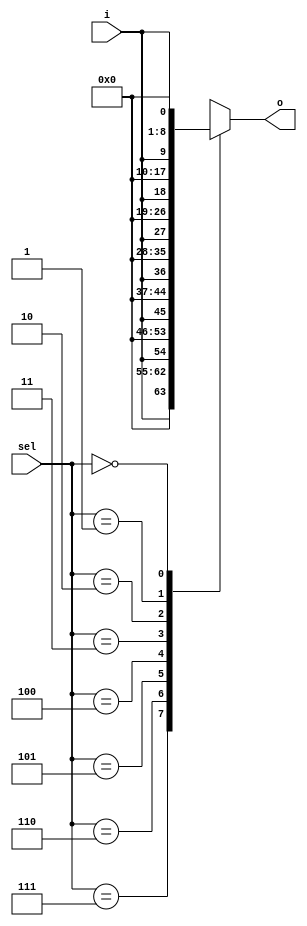
module demux1_8(
		output reg [7:0] o,
		input i,
		input [2:0] sel);
	always @ (i or sel)
//	begin
//		case(sel)
//			0: begin o0 <= 1; o1 <= 0; o2 <= 0; o3 <= 0; o4 <= 0; o5 <= 0; o6 <= 0; o7 <= 0; end
//			1: begin o0 = 0; o1 = 1; o2 = 0; o3 = 0; o4 = 0; o5 = 0; o6 = 0; o7 = 0; end
//			2: begin o0 = 0; o1 = 0; o2 = 1; o3 = 0; o4 = 0; o5 = 0; o6 = 0; o7 = 0; end
//			3: begin o0 = 0; o1 = 0; o2 = 0; o3 = 1; o4 = 0; o5 = 0; o6 = 0; o7 = 0; end
//			4: begin o0 = 0; o1 = 0; o2 = 0; o3 = 0; o4 = 1; o5 = 0; o6 = 0; o7 = 0; end
//			5: begin o0 = 0; o1 = 0; o2 = 0; o3 = 0; o4 = 0; o5 = 1; o6 = 0; o7 = 0; end
//			6: begin o0 = 0; o1 = 0; o2 = 0; o3 = 0; o4 = 0; o5 = 0; o6 = 1; o7 = 0; end
//			7: begin o0 = 0; o1 = 0; o2 = 0; o3 = 0; o4 = 0; o5 = 0; o6 = 0; o7 = 1; end
//		endcase
		case(sel)
			7: o = {i, 7'b0000000};
			6: o = {1'b0, i, 6'b000000};
			5: o = {2'b00, i, 5'b00000};
			4: o = {3'b000, i, 4'b0000};
			3: o = {4'b0000, i, 3'b000};
			2: o = {5'b00000, i, 2'b00};
			1: o = {6'b000000, i, 1'b0};
			0: o = {7'b0000000, i};
			default: o = 8'b00000000;
		endcase
//	end

endmodule
module tb_demux1_8;
	reg [2:0] sel;
	reg i;
	wire [2:0] o;
	
	demux1_8 m(o, i, sel);
	
	initial
	begin
		i=1; sel=3;
		#10 sel=5;
		#10 i=0;
		#10 sel=4;
		#10 sel=7; i=1;
	end
endmodule